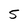
Character: 5